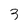
Character: 3